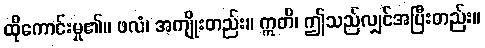
ထိုကောင်းမှု၏။ ဖလံ၊ အကျိုးတည်း။ ဣတိ၊ ဤသည်လျှင်အပြီးတည်း။